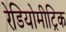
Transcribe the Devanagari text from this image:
रेडियोमीट्रिक